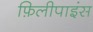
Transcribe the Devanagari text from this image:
फ़िलीपाइंस